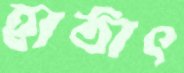
হাঠাৎ